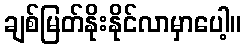
ချစ်မြတ်နိုးနိုင်လာမှာပေါ့။